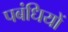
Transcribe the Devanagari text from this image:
पबंधियों